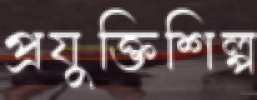
প্রযুক্তিশিল্প